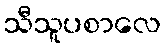
သီသူပစာလေ